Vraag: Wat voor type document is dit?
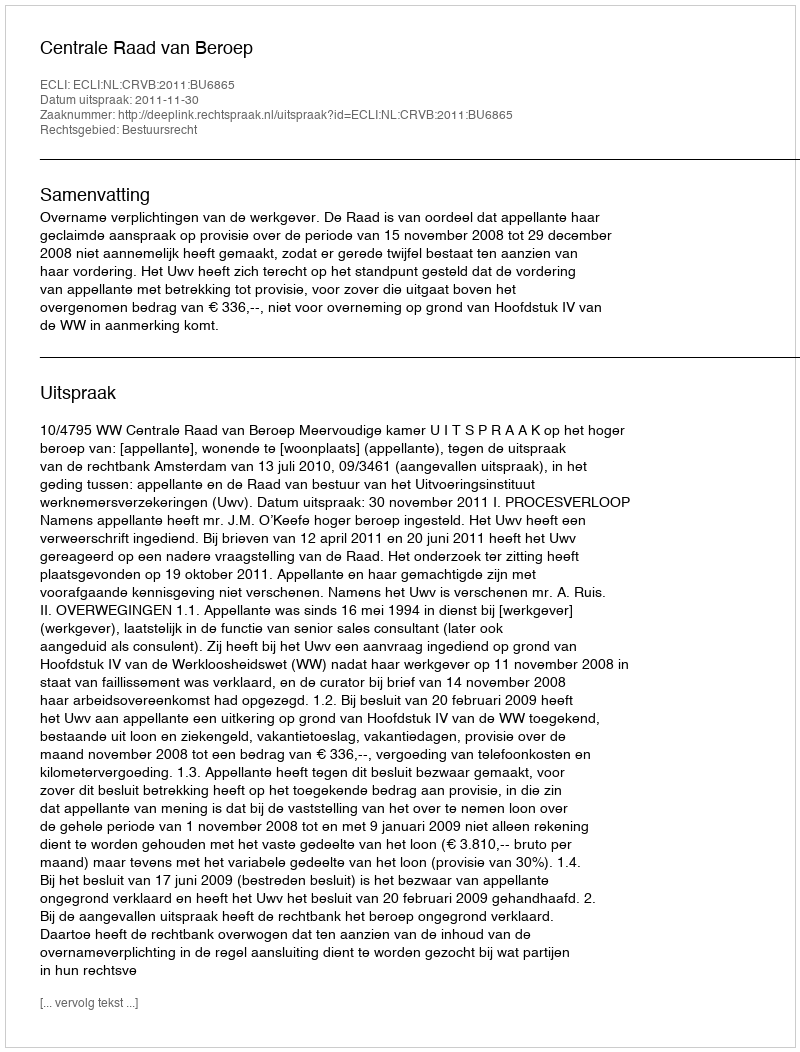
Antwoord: Uitspraak